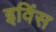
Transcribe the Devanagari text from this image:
इविंस